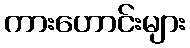
ကားဟောင်းများ